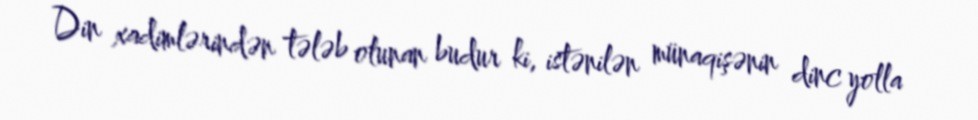
Din xadimlərindən tələb olunan budur ki, istənilən münaqişənin dinc yolla